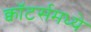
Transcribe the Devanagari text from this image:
क्वॉटर्समध्ये